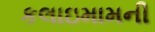
કલાઇમામની